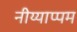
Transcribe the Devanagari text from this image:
नीय्याप्पम